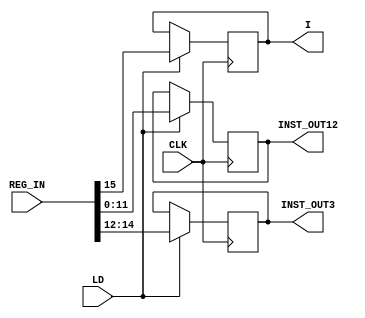


 `timescale 1ns/1ns
 module INST_REG(
            output reg[11:0]INST_OUT12,
	    output reg[2:0]INST_OUT3,
	    output reg I,
            input [15:0]REG_IN,
            input CLK,LD );
   //reg [15:0]temp;

 always @(posedge CLK)

  if(LD)
    {I,INST_OUT3,INST_OUT12} <= REG_IN;
  endmodule